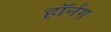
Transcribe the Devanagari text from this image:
हॉर्नंग